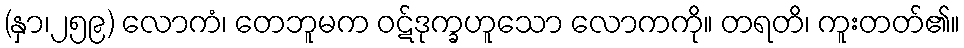
(နှာ၊၂၅၉) လောကံ၊ တေဘူမက ဝဋ်ဒုက္ခဟူသော လောကကို။ တရတိ၊ ကူးတတ်၏။